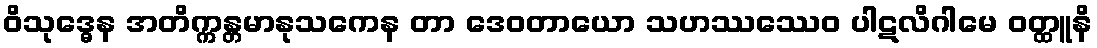
ဝိသုဒ္ဓေန အတိက္ကန္တမာနုသကေန တာ ဒေဝတာယော သဟဿဿေဝ ပါဋလိဂါမေ ဝတ္ထူနိ